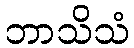
ဘာသိသံ